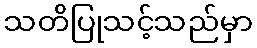
သတိပြုသင့်သည်မှာ